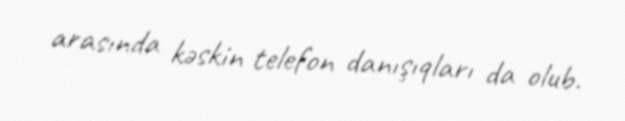
arasında kəskin telefon danışıqları da olub.